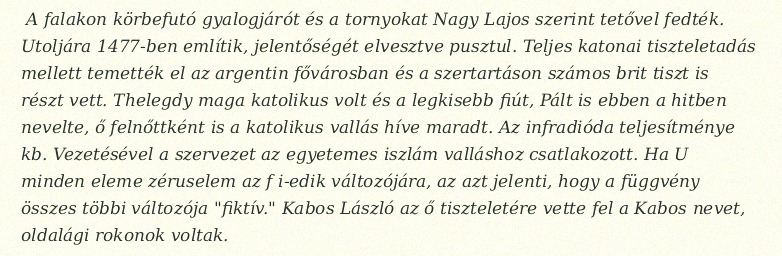
A falakon körbefutó gyalogjárót és a tornyokat Nagy Lajos szerint tetővel fedték. Utoljára 1477-ben említik, jelentőségét elvesztve pusztul. Teljes katonai tiszteletadás mellett temették el az argentin fővárosban és a szertartáson számos brit tiszt is részt vett. Thelegdy maga katolikus volt és a legkisebb fiút, Pált is ebben a hitben nevelte, ő felnőttként is a katolikus vallás híve maradt. Az infradióda teljesítménye kb. Vezetésével a szervezet az egyetemes iszlám valláshoz csatlakozott. Ha U minden eleme zéruselem az f i-edik változójára, az azt jelenti, hogy a függvény összes többi változója "fiktív." Kabos László az ő tiszteletére vette fel a Kabos nevet, oldalági rokonok voltak.